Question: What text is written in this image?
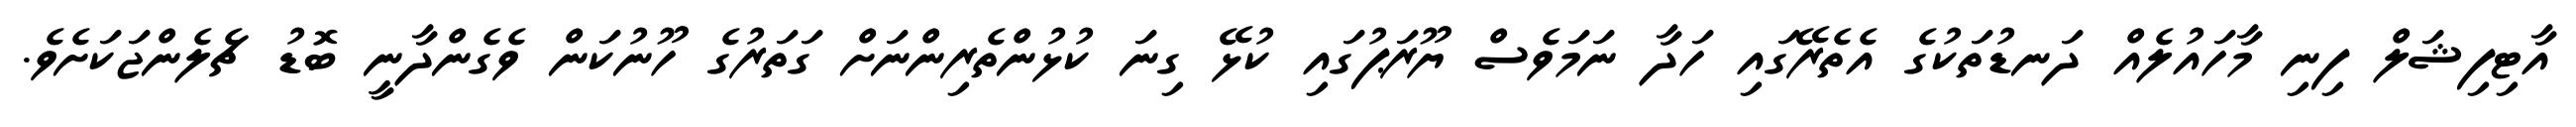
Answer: އާޓިފިޝަލް ފިނި މާހައުލެއް ދަނޑުތަކުގެ އެތެރޭގައި ހަދާ ނަމަވެސް ޔޫރަޕުގައި ކުޅޭ ގިނަ ކުޅުންތެރިންނަށް ގަތަރުގެ ހޫނުކަން ވެގެންދާނީ ބޮޑު ޗެލެންޖަކަށެވެ.